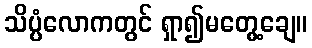
သိပ္ပံလောကတွင် ရှာ၍မတွေ့ချေ။